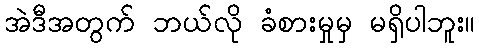
အဲဒီအတွက် ဘယ်လို ခံစားမှုမှ မရှိပါဘူး။